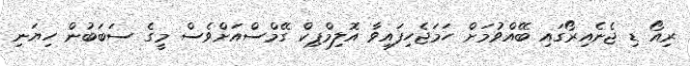
ރިއޯ ޑި ޖެނެއިރޯގައި ބޭއްވުމަށް ހަމަޖެހިފައިވާ އޮލިމްޕިކް ގޭމްސްއަށްވެސް މީގެ ސަބަބުން ހިޔަނި